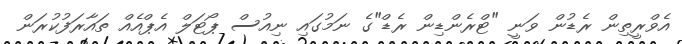
އެވްރީތިން ރެޑުން ވަނީ "ޓްރެންޑިން ރެޑް"ގެ ނަމުގައި ނިއުސް ޕޯޓަލް އެޕްއެއް ތައާރަފުކުރަން